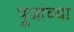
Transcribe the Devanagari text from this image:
पूजांच्या